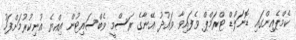
ކެމްޕެއިންގައި ޑޮނަލްޑް ޓްރަމްޕް ވެފައިވާ ވައުދު އޭނާގެ ރަސްމީ ވެބްސައިޓުން އިއްޔެ އުނިކުރުމަށްފަހު